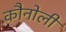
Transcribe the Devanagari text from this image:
कौनोली